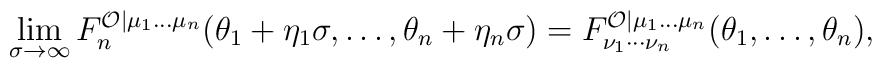
\lim_{\sigma \rightarrow \infty }F_{n}^{\mathcal{O}|\mu _{1}\ldots \mu_{n}}(\theta _{1}+\eta _{1}\sigma ,\ldots ,\theta _{n}+\eta _{n}\sigma)=F_{\nu _{1}\cdots \nu _{n}}^{\mathcal{O}|\mu _{1}\ldots \mu _{n}}(\theta_{1},\ldots ,\theta _{n}),